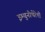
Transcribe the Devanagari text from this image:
इम्युनोथेरेपी